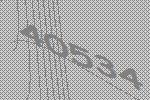
40534